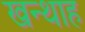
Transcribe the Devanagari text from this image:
खन्‍थाह